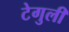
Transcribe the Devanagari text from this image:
टेगुली